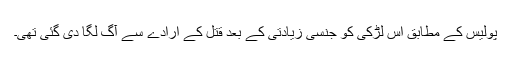
پولیس کے مطابق اس لڑکی کو جنسی زیادتی کے بعد قتل کے ارادے سے آگ لگا دی گئی تھی۔